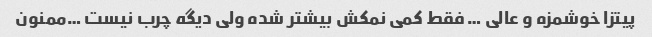
پیتزا خوشمزه و عالی … فقط کمی نمکش بیشتر شده ولی دیگه چرب نیست …ممنون